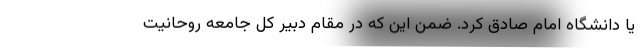
یا دانشگاه امام صادق کرد. ضمن این که در مقام دبیر کل جامعه روحانیت